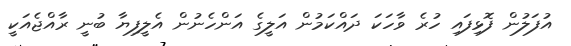
އުފަލުން ފޮޅިފައި ހުރެ ވާހަކަ ދައްކަމުން އަލީގެ އަންހެނުން އެލީފިޔާ ބުނީ ރާއްޖެއަކީ